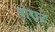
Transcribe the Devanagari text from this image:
बोराट